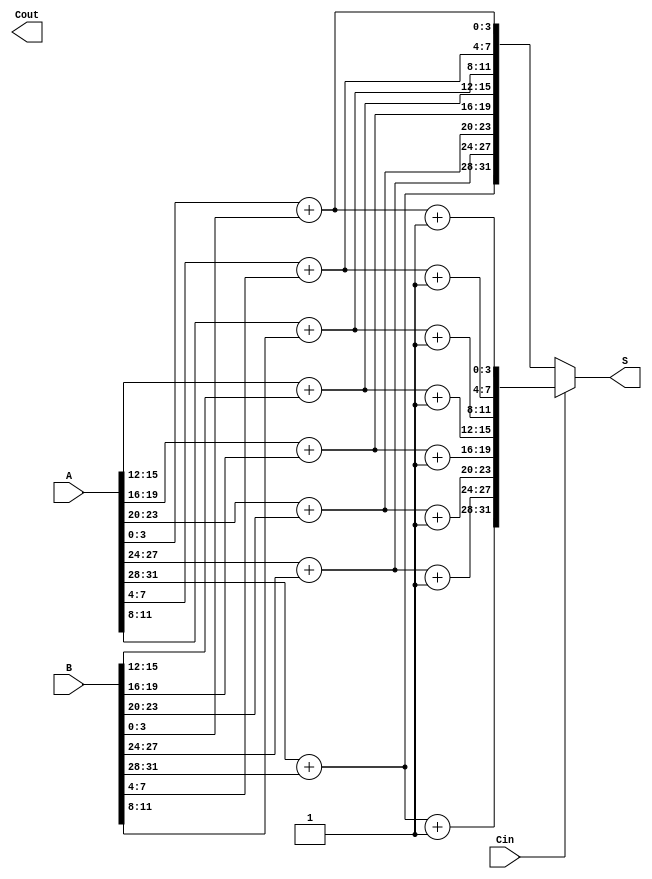
module carry_select_adder (
    input [31:0] A,  // 32-bit input A
    input [31:0] B,  // 32-bit input B
    input Cin,       // Carry-in
    output [31:0] S, // 32-bit sum output
    output Cout      // Carry-out
);

// Intermediate signals
wire [4:0] carry; // Carry signals between segments
wire [31:0] S0, S1; // Sum outputs for carry-in 0 and 1

// Generate 8 segments of 4 bits each
genvar i;
generate
    for (i = 0; i < 8; i = i + 1) begin : seg
        wire [3:0] A_seg = A[(i * 4) +: 4];
        wire [3:0] B_seg = B[(i * 4) +: 4];

        // Two adders for each segment
        wire [4:0] sum0, sum1;  // sum0: with Cin=0, sum1: with Cin=1
        assign sum0 = {1'b0, A_seg} + {1'b0, B_seg};  // Carry-in 0
        assign sum1 = {1'b0, A_seg} + {1'b0, B_seg} + 1'b1; // Carry-in 1

        // Select the appropriate sum based on carry input
        assign S0[(i * 4) +: 4] = sum0[3:0]; // Sum with Cin=0
        assign S1[(i * 4) +: 4] = sum1[3:0]; // Sum with Cin=1

        // Carry out for the next segment
        if (i == 0) begin
            assign carry[i] = Cin ? sum1[4] : sum0[4]; // First segment uses Cin
        end else begin
            assign carry[i] = sum1[4]; // Previous carry is selected
        end
    end
endgenerate

// Final sum selection
assign S = Cin ? S1 : S0;

// Final carry-out
assign Cout = carry[7]; // Last segment carry-out

endmodule